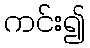
ကင်း၍